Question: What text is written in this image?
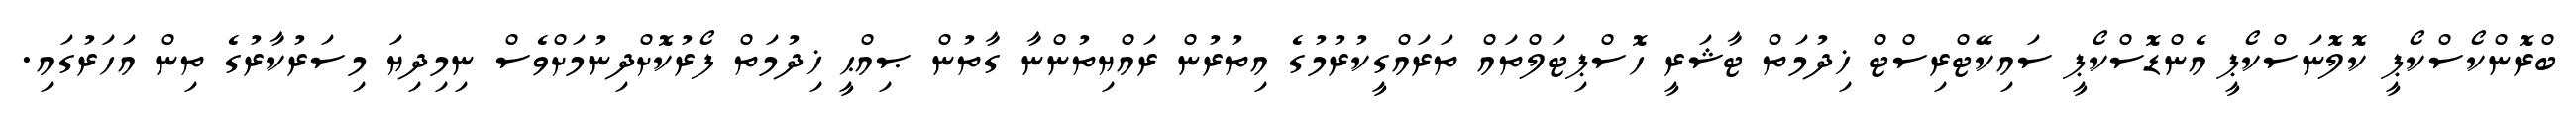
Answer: ބްރޮންކޯސްކޯޕީ ކޮލޮނަސްކޯޕީ އެންޑޮސްކޯޕީ ސައިކޭޓްރިސްޓް ޚިދުމަތް ޓާޝަރީ ހޮސްޕިޓަލްތައް ތަރައްގީކުރުމުގެ އިތުރުން ރައްޔިތުންނާ ގާތުން ޞިއްޙީ ޚިދުމަތް ފޯރުކޮށްދިނުމަށްވެސް ނިމިދިޔަ މިސަރުކާރުގެ ތިން އަހަރުގައި.